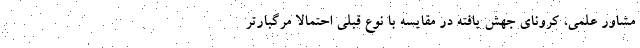
مشاور علمی، کرونای جهش یافته در مقایسه با نوع قبلی احتمالا مرگبارتر